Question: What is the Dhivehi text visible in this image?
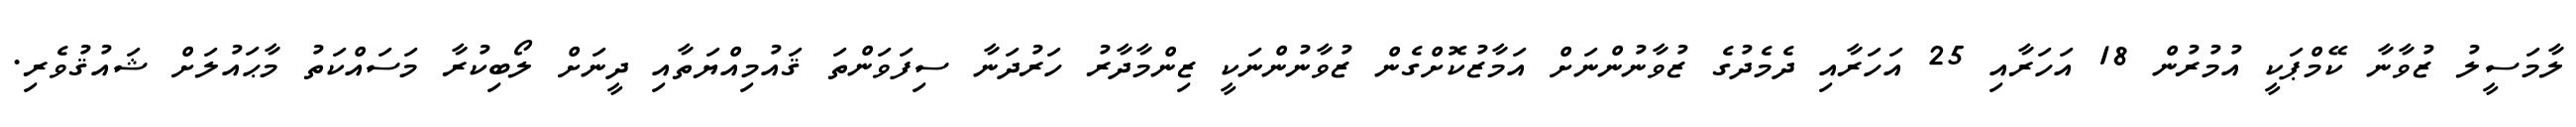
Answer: ލާމަސީލު ޒުވާނާ ކޭމްޕަކީ އުމުރުން 18 އަހަރާއި 25 އަހަރާއި ދެމެދުގެ ޒުވާނުންނަށް އަމާޒުކޮށްގެން ޒުވާނުންނަކީ ޒިންމާދާރު ހަރުދަނާ ސިފަވަންތަ ޤައުމިއްޔަތާއި ދީނަށް ލޯބިކުރާ މަސައްކަތު މާޙައުލަށް ޝައުޤުވެރި.